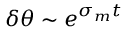
\delta \theta \sim e ^ { \sigma _ { m } t }